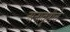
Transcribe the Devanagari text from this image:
अनावृष्टीचे